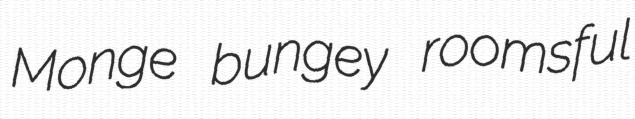
Monge bungey roomsful